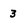
Character: 3